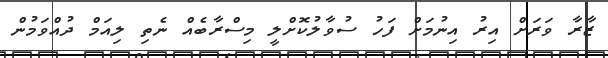
ޒާރާ ވަރަށް އިރު އިނުމަށް ފަހު ސުވާލުކޮށްލީ މިސްރާބެއް ނެތި ލިއަމް ދުއްވަމުން